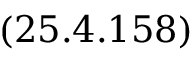
( 2 5 . 4 . 1 5 8 )